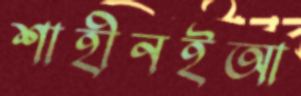
শাহীনইআ